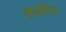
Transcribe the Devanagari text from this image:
तावतिंरा